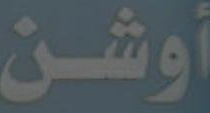
أوشن